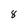
Character: 8